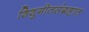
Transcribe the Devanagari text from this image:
शिशुगीतसंग्रहात